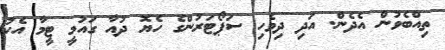
ތިއްބެވުން އެދެން. އަދި ދިވެހި ސަޕޯޓަރުންގެ ހެޔޮ ދުއާ ގައުމީ ޓީމާ އެކު